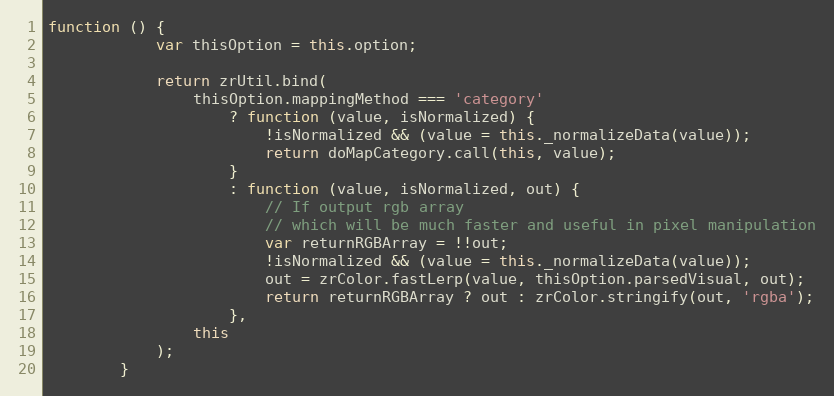
Language: JavaScript
function () {
            var thisOption = this.option;

            return zrUtil.bind(
                thisOption.mappingMethod === 'category'
                    ? function (value, isNormalized) {
                        !isNormalized && (value = this._normalizeData(value));
                        return doMapCategory.call(this, value);
                    }
                    : function (value, isNormalized, out) {
                        // If output rgb array
                        // which will be much faster and useful in pixel manipulation
                        var returnRGBArray = !!out;
                        !isNormalized && (value = this._normalizeData(value));
                        out = zrColor.fastLerp(value, thisOption.parsedVisual, out);
                        return returnRGBArray ? out : zrColor.stringify(out, 'rgba');
                    },
                this
            );
        }